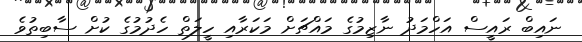
ނައިބް ރައީސް އަހްމަދު ނާޒިމުގެ މައްޗަށް މަކަރާއި ހީލަތް ހެދުމުގެ ކުށް ސާބިތުވެ